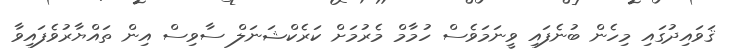
ޤަވައިދުގައި މިހެން ބުނެފައި ވީނަމަވެސް ހުމާމް މެރުމަށް ކަރެކްޝަނަލް ސާވިސް އިން ތައްޔާރުވެފައިވާ